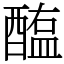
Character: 醢